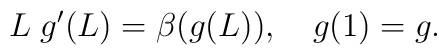
L\;g^{\prime}(L)=\beta (g(L)),\quad g(1)=g.